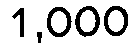
1,000